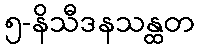
၅-နိသီဒနသန္ထတ